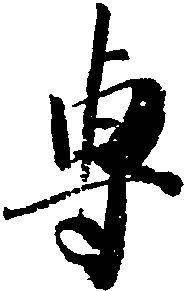
専